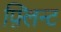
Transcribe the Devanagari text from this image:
फ़्लिन्ट